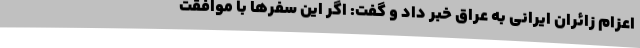
اعزام زائران ایرانی به عراق خبر داد و گفت: اگر این سفرها با موافقت